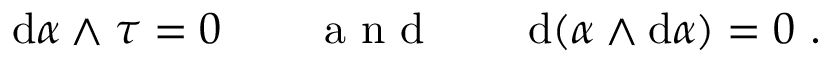
\mathrm { d } \alpha \wedge \tau = 0 \qquad \mathrm { ~ a ~ n ~ d ~ } \qquad \mathrm { d } ( \alpha \wedge \mathrm { d } \alpha ) = 0 \ .